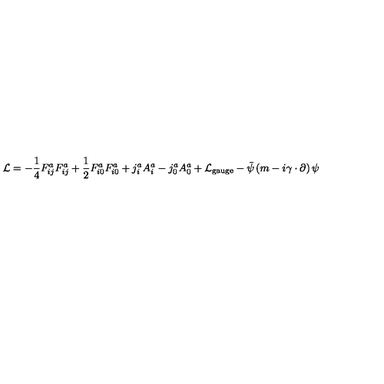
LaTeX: { \cal L } = - \frac { 1 } { 4 } F _ { i j } ^ { a } F _ { i j } ^ { a } + \frac { 1 } { 2 } F _ { i 0 } ^ { a } F _ { i 0 } ^ { a } + j _ { i } ^ { a } A _ { i } ^ { a } - j _ { 0 } ^ { a } A _ { 0 } ^ { a } + { \cal L } _ { \mathrm { g a u g e } } - { \bar { \psi } } \left( m - i { \gamma } \cdot \partial \right) \psi